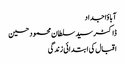
آبا ؤاجداد
ڈاکٹر سید سلطان محمود حسین
اقبال کی ابتدائی زندگی